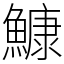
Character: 鱇